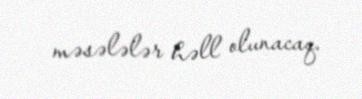
məsələlər həll olunacaq.